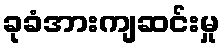
ခုခံအားကျဆင်းမှု